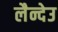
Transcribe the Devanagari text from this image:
लैन्देउ